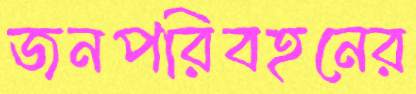
জনপরিবহনের